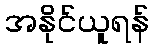
အနိုင်ယူရန်